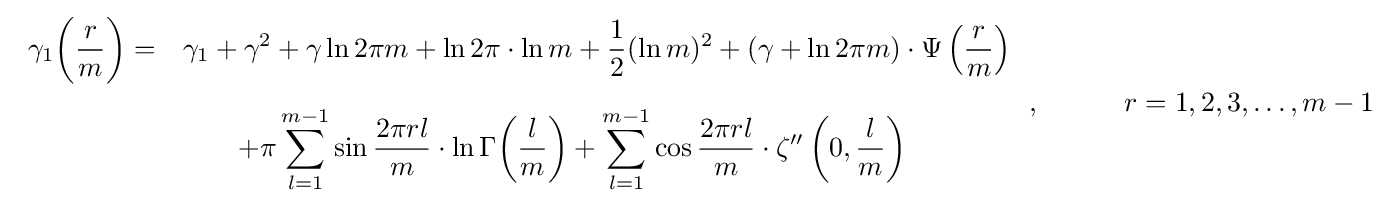
{\begin{array}{ll}\displaystyle \gamma _{1}{\biggl (}{\frac {r}{m}}{\biggr )}=&\displaystyle \gamma _{1}+\gamma ^{2}+\gamma \ln 2\pi m+\ln 2\pi \cdot \ln {m}+{\frac {1}{2}}(\ln m)^{2}+(\gamma +\ln 2\pi m)\cdot \Psi \left({\frac {r}{m}}\right)\\[5mm]\displaystyle &\displaystyle \qquad +\pi \sum _{l=1}^{m-1}\sin {\frac {2\pi rl}{m}}\cdot \ln \Gamma {\biggl (}{\frac {l}{m}}{\biggr )}+\sum _{l=1}^{m-1}\cos {\frac {2\pi rl}{m}}\cdot \zeta ''\left(0,{\frac {l}{m}}\right)\end{array}}\,,\qquad \quad r=1,2,3,\ldots ,m-1